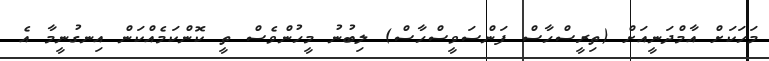
މަހަކަށް އާމްދަނީއަށް (ތިރީސްހާސް ފަންސަވީސްހާސް) ލިބުނު މީހުންވެސް ތީ ކޮންކަމެއްކަން އިނގުނީމާ އެ